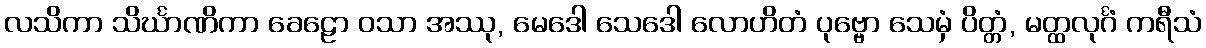
လသိကာ သိင်္ဃာဏိကာ ခေဠော ဝသာ အဿု, မေဒေါ သေဒေါ လောဟိတံ ပုဗ္ဗော သေမှံ ပိတ္တံ, မတ္ထလုင်္ဂံ ကရီသံ